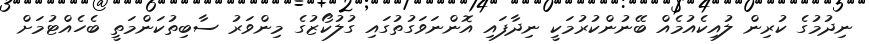
ނިދުމުގެ ކުރިން ލުއިކެއުމެއް ބޭނުންކުރުމަކީ ނިދާފައި އޮންނަވަގުތުގައި ގުލުކޯޒުގެ މިންވަރު ސާބިތުކަންމަތީ ބެހެއްޓުމަށް